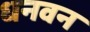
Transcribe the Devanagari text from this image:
धनवन